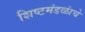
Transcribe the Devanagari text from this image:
शिष्टमंडळांचे